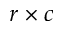
r \times c